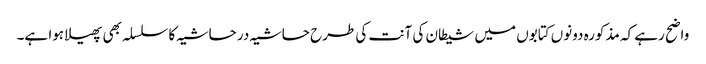
واضح رہے کہ مذکورہ دونوں کتابوں میں شیطان کی آنت کی طرح حاشیہ در حاشیہ کا سلسلہ بھی پھیلا ہوا ہے۔